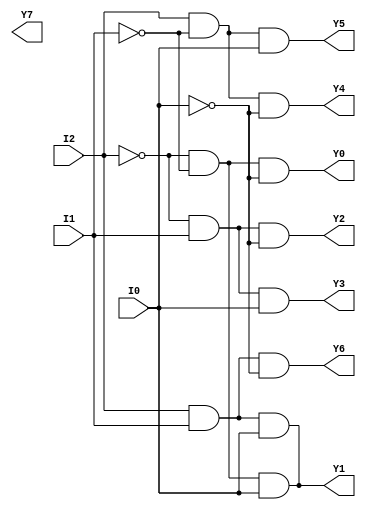

// 
// Design Name: 
// Module Name: decoder_38
// Project Name: 
// Target Devices: 
// Tool Versions: 
// Description: 
// 
// Dependencies: 
// 
// Revision:
// Revision 0.01 - File Created
// Additional Comments:
// 
//////////////////////////////////////////////////////////////////////////////////

//decoder_38 structral model 
module decoder_38STR(Y0,Y1,Y2,Y3,Y4,Y5,Y6,Y7,I0,I1,I2);
output Y0,Y1,Y2,Y3,Y4,Y5,Y6,Y7;
input I0,I1,I2;
wire I2bar,I1bar,I0bar;
and (Y0,I2bar,I1bar,I0bar),(Y1,I2bar,I1bar,I0),(Y2,I2bar,I1,I0bar),(Y3,I2bar,I1,I0),(Y4,I2,I1bar,I0bar),(Y5,I2,I1bar,I0),(Y6,I2,I1,I0bar),(Y1,I2,I1,I0);
not (I2bar,I2),(I1bar,I1),(I0bar,I0);
endmodule